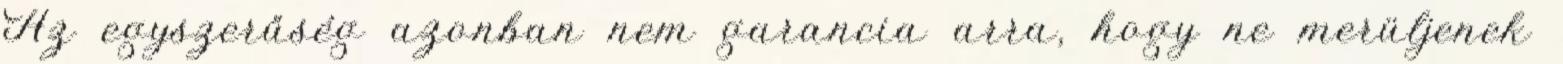
Az egyszerűség azonban nem garancia arra, hogy ne merüljenek